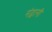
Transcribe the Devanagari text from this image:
नंद्वानी